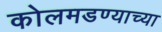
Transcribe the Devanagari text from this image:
कोलमडण्याच्या